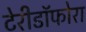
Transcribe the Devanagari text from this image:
टेरीडॉफोरा